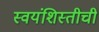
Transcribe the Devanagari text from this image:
स्वयंशिस्तीची